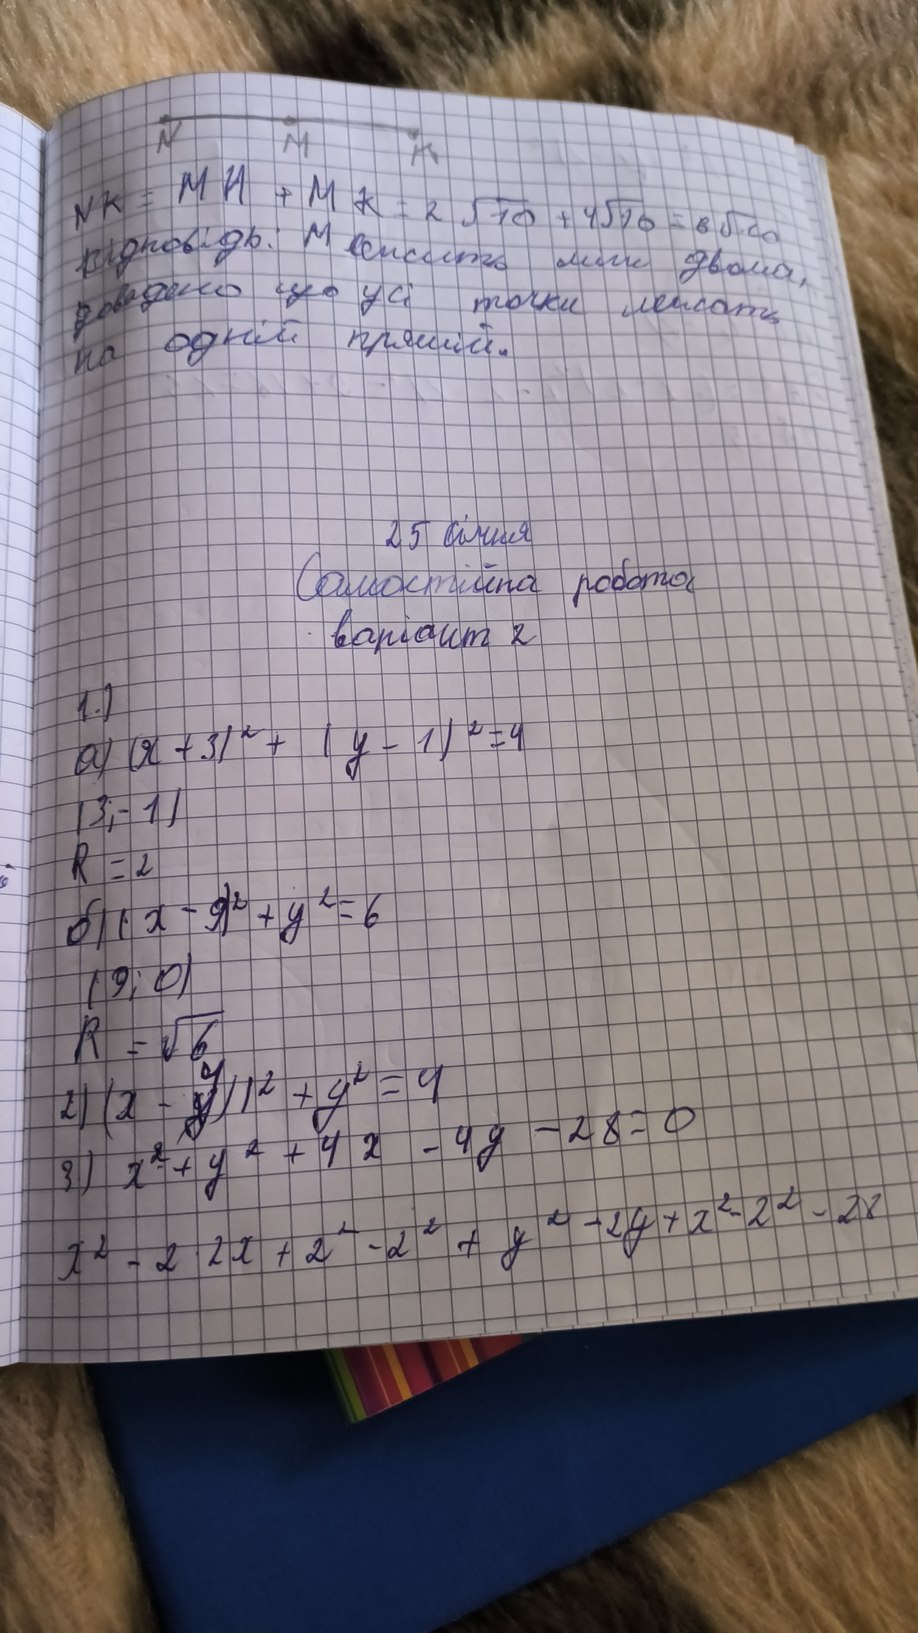
NK = MH + MK = 2\sqrt{10} + 4\sqrt{10} = 6\sqrt{10}
Відповідь: М лежить між двома,
доведено що усі точки лежать
на одній прямій.
25 січня
Самостійна робота
варіант 2
1.)
a) (x + 3)² + (y - 1)² = 4
(3; -1)
R = 2
б) (x - 9)² + y² = 6
(9; 0)
R = \sqrt{6}
2) (x - ~~у~~{4})² + y² = 4
3) x² + y² + 4x - 4y - 28 = 0
x^2 - 2 \cdot 2x + 2^2 - 2^2 + y^2 - 2y + x^2 - 2^2 - 28